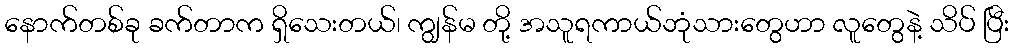
နောက်တစ်ခု ခက်တာက ရှိသေးတယ်၊ ကျွန်မ တို့ အသူရကာယ်ဘုံသားတွေဟာ လူတွေနဲ့ သိပ် ပြီး